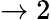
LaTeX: \rightarrow 2